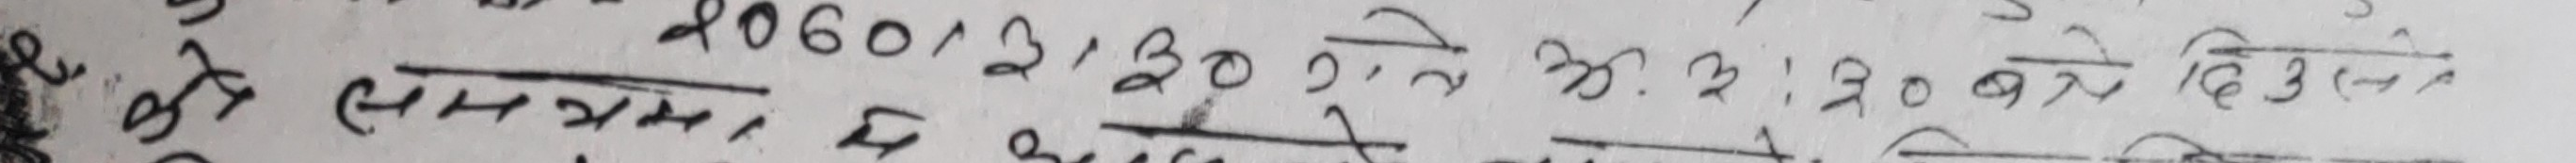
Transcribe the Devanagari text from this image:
ये २०६०/१/३०, ते अ. २:३० बजे दिउँसो
लगायत